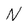
Character: N